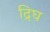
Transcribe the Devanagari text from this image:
द्रिघ